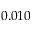
0 . 0 1 0